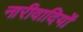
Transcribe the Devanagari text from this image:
नारीवादियों